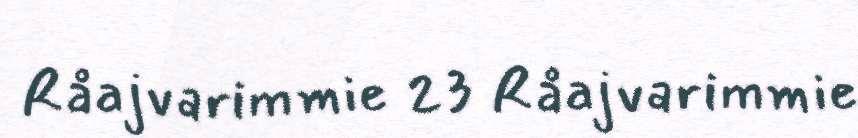
Råajvarimmie 23 Råajvarimmie